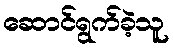
ဆောင်ရွက်ခဲ့သူ